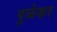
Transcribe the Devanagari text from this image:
पुळेकर